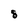
Character: 8